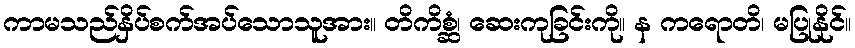
ကာမသည်နှိပ်စက်အပ်သောသူအား။ တိကိစ္ဆံ၊ ဆေးကုခြင်းကို။ န ကရောတိ၊ မပြုနိုင်။